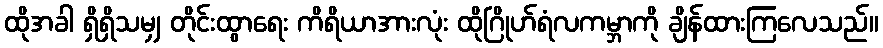
ထိုအခါ ရှိရှိသမျှ တိုင်းထွာရေး ကိရိယာအားလုံး ထိုဂြိုဟ်ရံလကမ္ဘာကို ချိန်ထားကြလေသည်။